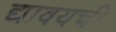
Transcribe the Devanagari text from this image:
द्यावयची